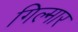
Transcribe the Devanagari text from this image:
गिल्मार